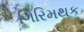
ગિરિમથક